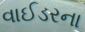
વાઈડરના